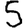
Digit: 5